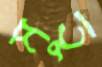
মতু